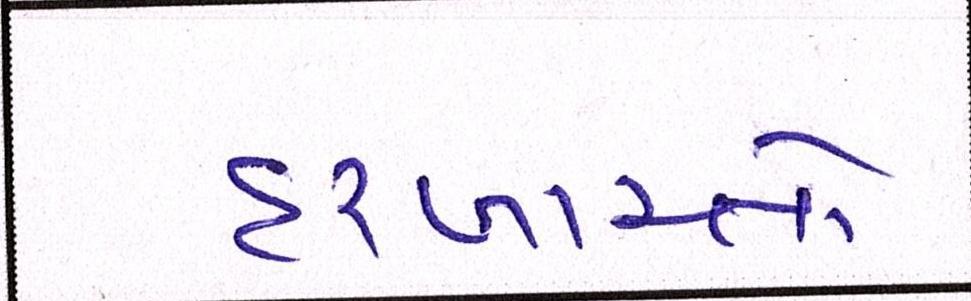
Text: દરખાસ્તો